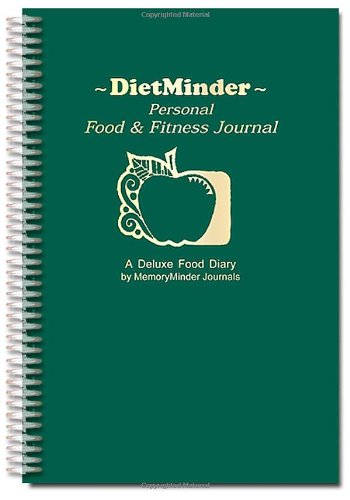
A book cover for DIETMINDER Personal Food & Fitness Journal (A Food and Exercise Diary); F. E. Wilkins; Health, Fitness & Dieting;